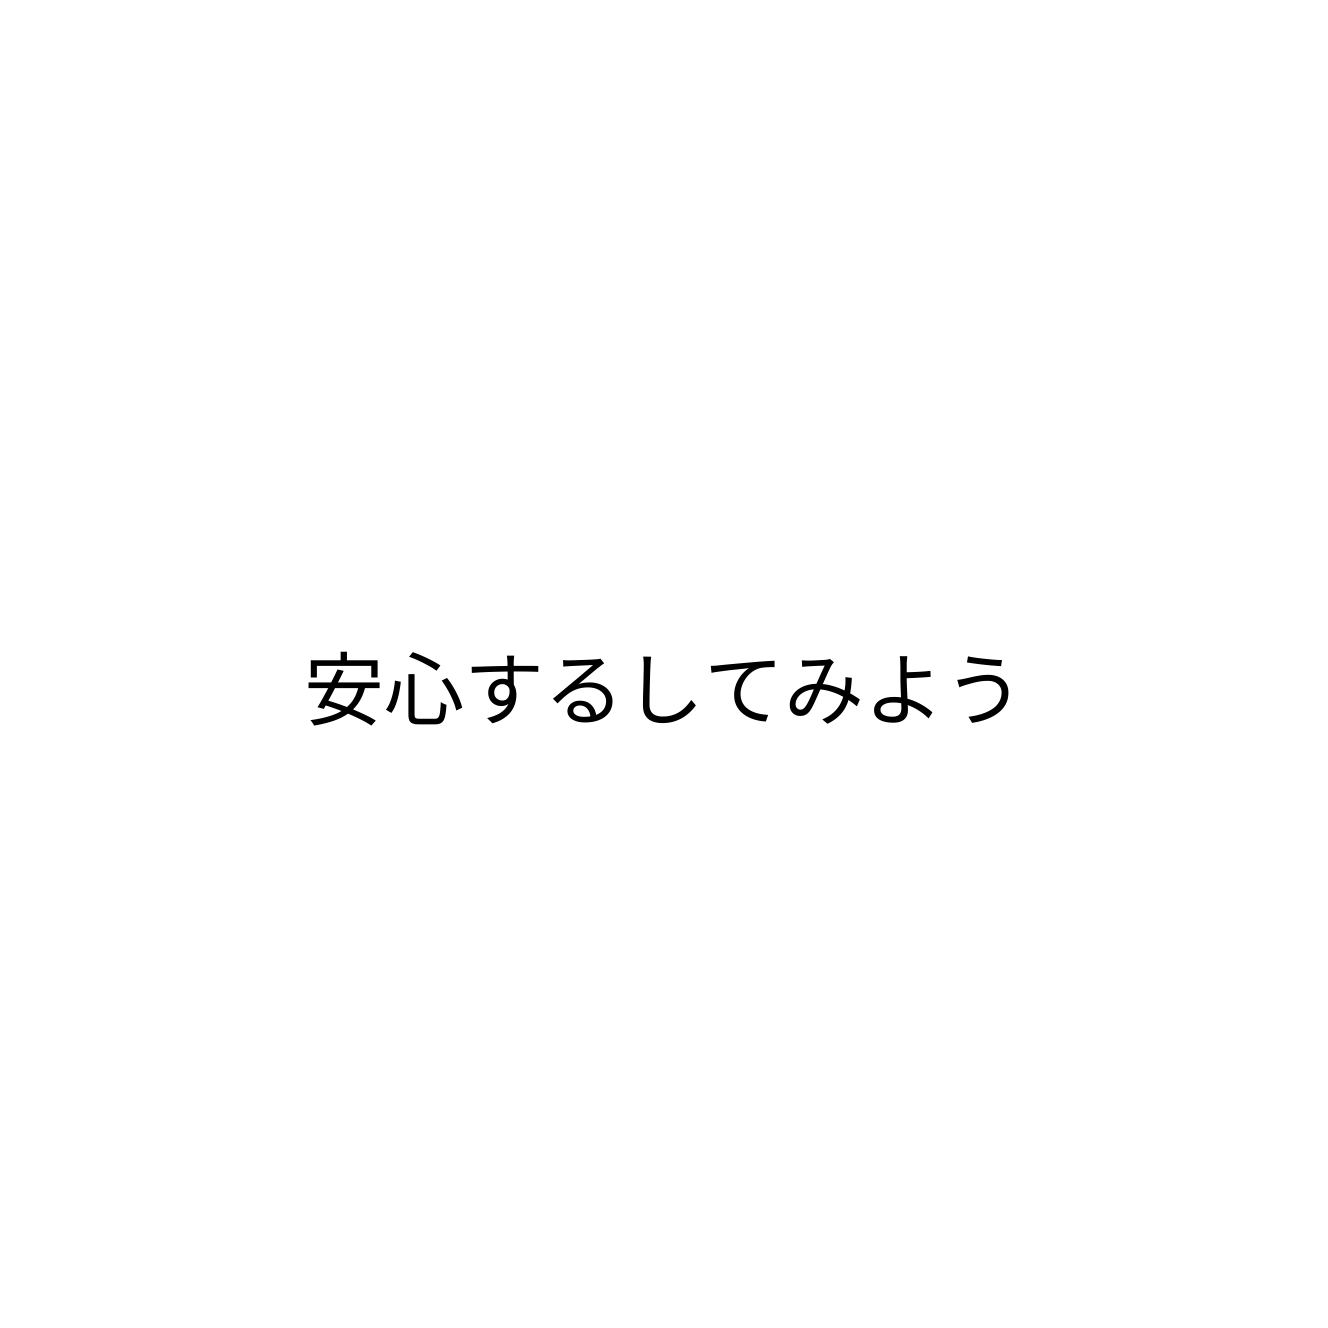
安心するしてみよう